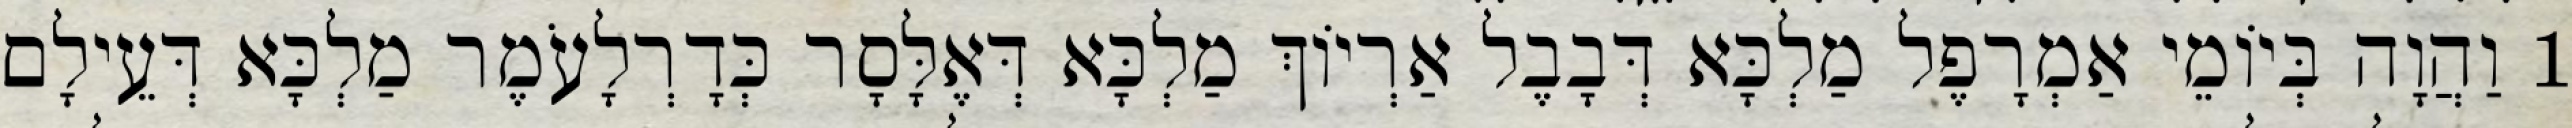
1 וַהֲוָה בְּיוֹמֵי אַמְרָפֶל מַלְכָּא דְּבָבֶל אַרְיוֹךְ מַלְכָּא דְּאֶלָּסָר כְּדָרְלָעֹמֶר מַלְכָּא דְּעֵילָם